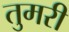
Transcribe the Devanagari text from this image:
तुमरी